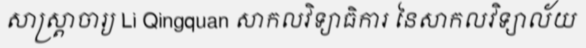
សាស្ត្រាចារ្យ Li Qingquan សាកលវិទ្យាធិការ នៃសាកលវិទ្យាល័យ